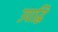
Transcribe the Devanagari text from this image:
उपाद्धि